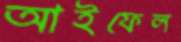
আইফেল